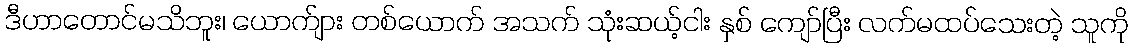
ဒီဟာတောင်မသိဘူး၊ ယောက်ျား တစ်ယောက် အသက် သုံးဆယ့်ငါး နှစ် ကျော်ပြီး လက်မထပ်သေးတဲ့ သူကို